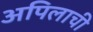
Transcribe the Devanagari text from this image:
अपिलाची